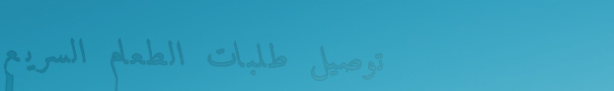
توصيل طلبات الطعام السريع